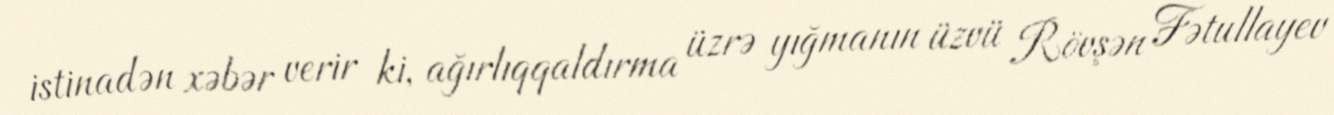
istinadən xəbər verir ki, ağırlıqqaldırma üzrə yığmanın üzvü Rövşən Fətullayev